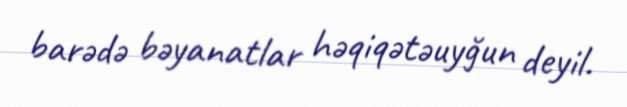
barədə bəyanatlar həqiqətəuyğun deyil.